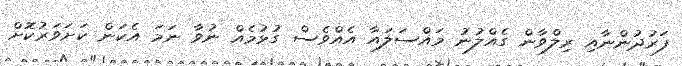
ފަރުދުންނާއި ރިލްވާން ގެއްލުނު މައްސަލައާ އެއްވެސް ގުޅުމެއް ނުވާ ނަމަ އެކަން ކަށަވަރުކޮށް